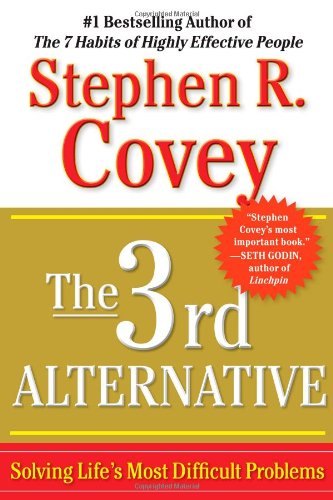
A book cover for The 3rd Alternative: Solving Life's Most Difficult Problems; Stephen R. Covey; Parenting & Relationships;